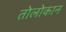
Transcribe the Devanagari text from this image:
तोलोकान